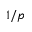
1 / p